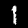
Digit: 1